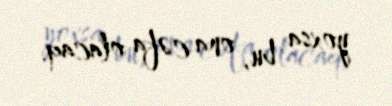
yoxsa bu, ona cəfa olacaq.